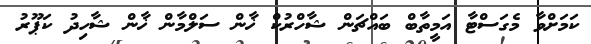
ކަމަށްވާ މެގަސްޓާ އަމީތާބް ބައްޗަން ޝާހްރުކް ޚާން ސަލްމާން ޚާން ޝާހިދު ކަޕޫރު